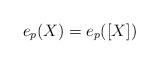
LaTeX: \begin{align*}e_{p}(X) = e_{p}([X])\end{align*}